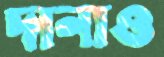
দানাও